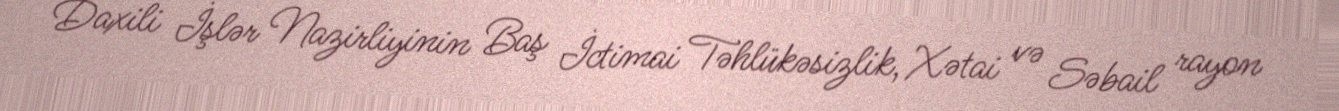
Daxili İşlər Nazirliyinin Baş İctimai Təhlükəsizlik, Xətai və Səbail rayon